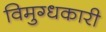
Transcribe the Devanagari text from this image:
विमुग्धकारी